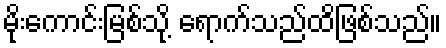
မိုးကောင်းမြစ်သို့ ရောက်သည်ထိဖြစ်သည်။